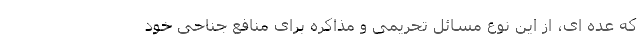
که عده ای، از این نوع مسائل تحریمی و مذاکره برای منافع جناحی خود